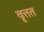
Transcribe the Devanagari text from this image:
वृत्तत